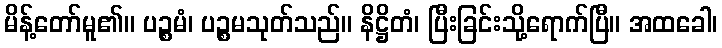
မိန့်တော်မူ၏။ ပဉ္စမံ၊ ပဉ္စမသုတ်သည်။ နိဋ္ဌိတံ၊ ပြီးခြင်းသို့ရောက်ပြီ။ အထခေါ၊